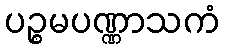
ပဉ္စမပဏ္ဏာသကံ